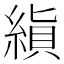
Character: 𬗨